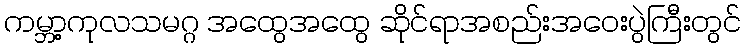
ကမ္ဘာ့ကုလသမဂ္ဂ အထွေအထွေ ဆိုင်ရာအစည်းအဝေးပွဲကြီးတွင်